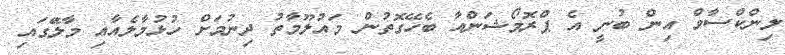
ލިންކްސާވް އިން ބުނީ އެ ޕްރޮމޯޝަންއާ ބެހޭގޮތުން މައުލޫމާތު ދިނުމަށް ހުޅުމާލެއާއި މާލޭަގައި